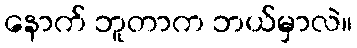
နောက် ဘူတာက ဘယ်မှာလဲ။